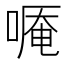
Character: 𠻒